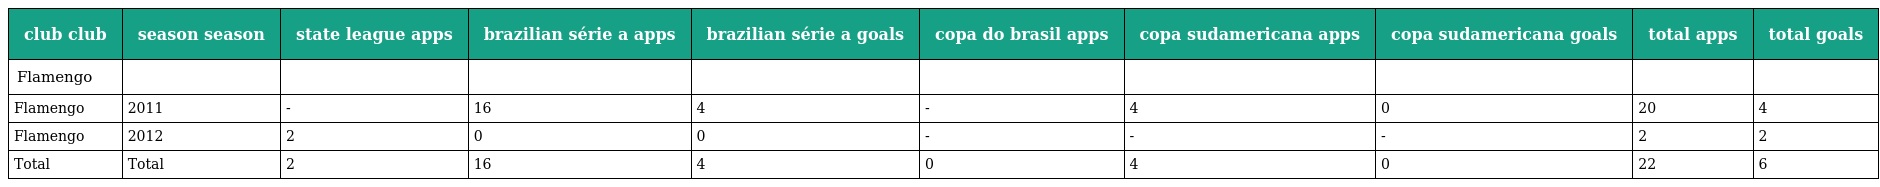
| club club | season season | state league apps | brazilian série a apps | brazilian série a goals | copa do brasil apps | copa sudamericana apps | copa sudamericana goals | total apps | total goals |
 | --- | --- | --- | --- | --- | --- | --- | --- | --- | --- |
 | Flamengo |  |  |  |  |  |  |  |  |  |
 | Flamengo | 2011 | - | 16 | 4 | - | 4 | 0 | 20 | 4 |
 | Flamengo | 2012 | 2 | 0 | 0 | - | - | - | 2 | 2 |
 | Total | Total | 2 | 16 | 4 | 0 | 4 | 0 | 22 | 6 |